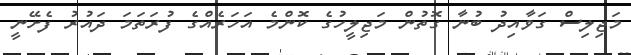
މަޖިލިސް ގަވާއިދު ބުނާ ގޮތުން މަޖިލީހުގެ ކޮންމެ އަހަރެއްގެ ފުރަތަމަ ދައުރު ފެށޭނީ